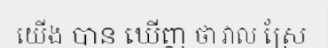
យើង បាន ឃើញ ថា វាល ស្រែ